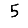
Digit: 5